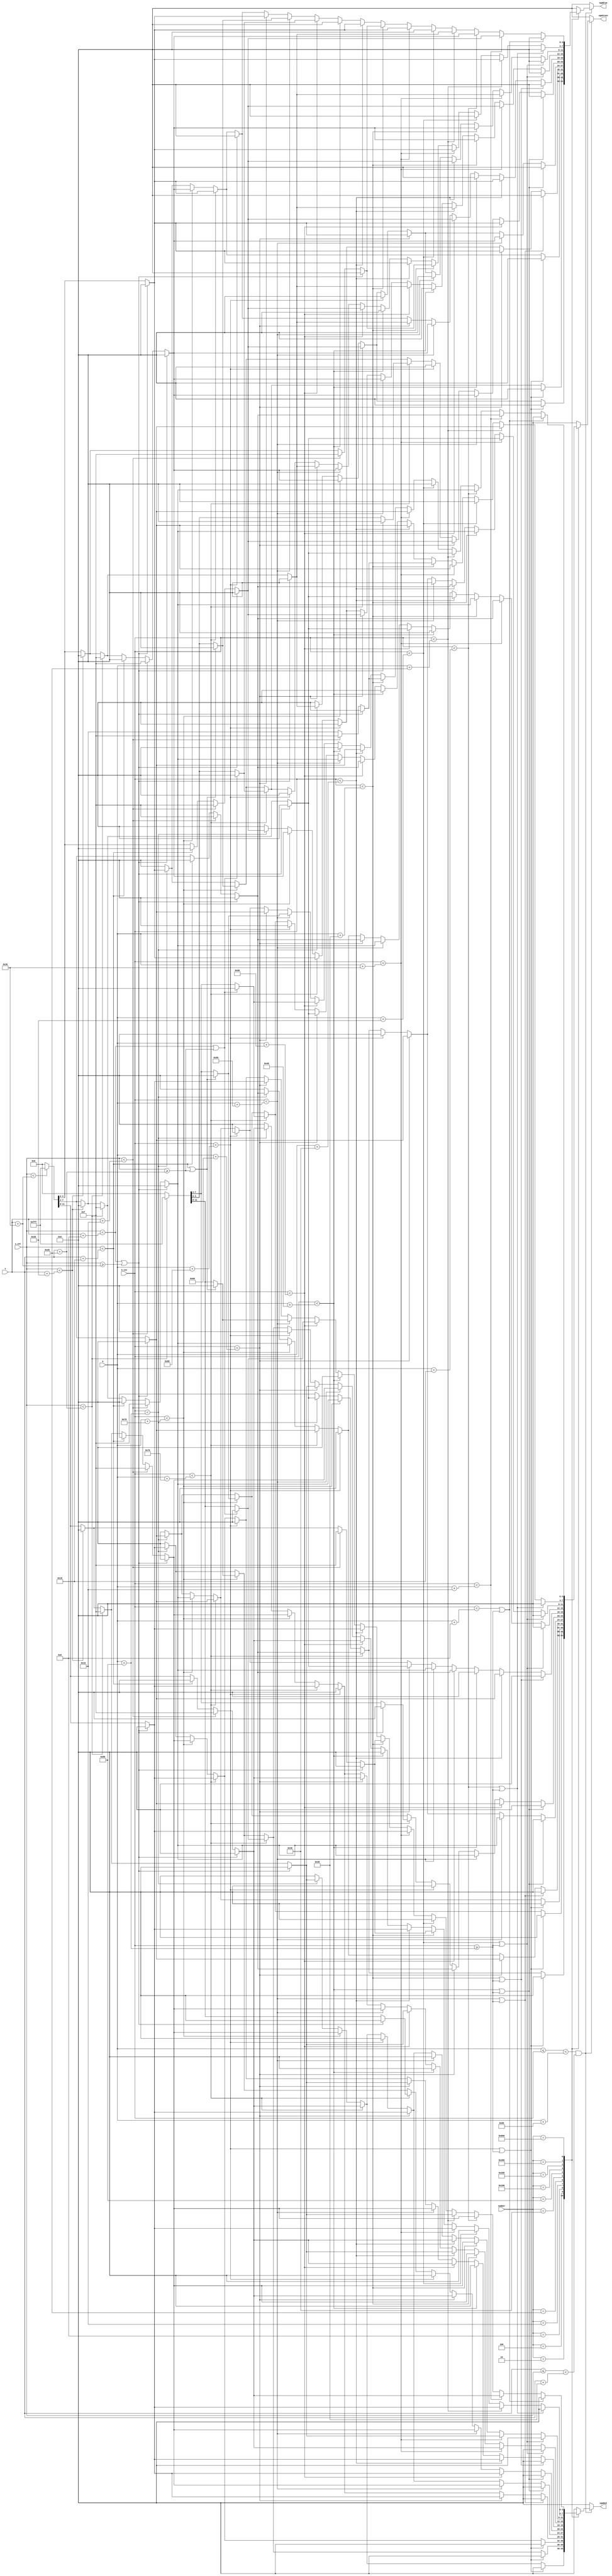
module block_pixel(
   input wire [9:0] h_cnt,
   input wire [9:0] v_cnt,
   input wire [9:0] X,
   input wire [9:0] Y,
   input wire [11:0] number,
   output reg [3:0] vgaRed,
   output reg [3:0] vgaGreen,
   output reg [3:0] vgaBlue
   );
   
   always@(*) begin
     if(X<=h_cnt<X+136 && Y<=v_cnt<Y+56) begin
         case (number)
           12'b000000000000 : {vgaRed, vgaGreen, vgaBlue} = 12'h000;  //0
           12'b000000000010 : begin  //2
                                if(h_cnt < X+104 || h_cnt >= X+128) {vgaRed, vgaGreen, vgaBlue} = 12'h000;
                                else if(h_cnt < X+112) begin
                                  if(v_cnt < Y+8 || v_cnt >= Y+48) {vgaRed, vgaGreen, vgaBlue} = 12'h000;
                                  else if(v_cnt < Y+16) {vgaRed, vgaGreen, vgaBlue} = 12'hfff;
                                  else if(v_cnt < Y+24) {vgaRed, vgaGreen, vgaBlue} = 12'h000;
                                  else if(v_cnt < Y+48) {vgaRed, vgaGreen, vgaBlue} = 12'hfff;
                                  else {vgaRed, vgaGreen, vgaBlue} = 12'h000;
                                end else if(h_cnt < X+120) begin
                                  if(v_cnt < Y+8 || v_cnt >= Y+48) {vgaRed, vgaGreen, vgaBlue} = 12'h000;
                                  else if(v_cnt < Y+16) {vgaRed, vgaGreen, vgaBlue} = 12'hfff;
                                  else if(v_cnt < Y+24) {vgaRed, vgaGreen, vgaBlue} = 12'h000;
                                  else if(v_cnt < Y+32) {vgaRed, vgaGreen, vgaBlue} = 12'hfff;
                                  else if(v_cnt < Y+40) {vgaRed, vgaGreen, vgaBlue} = 12'h000;
                                  else if(v_cnt < Y+48) {vgaRed, vgaGreen, vgaBlue} = 12'hfff;
                                  else {vgaRed, vgaGreen, vgaBlue} = 12'h000;
                                end else if(h_cnt < X+128) begin
                                  if(v_cnt < Y+8 || v_cnt >= Y+48) {vgaRed, vgaGreen, vgaBlue} = 12'h000;
                                  else if(v_cnt < Y+32) {vgaRed, vgaGreen, vgaBlue} = 12'hfff;
                                  else if(v_cnt < Y+40) {vgaRed, vgaGreen, vgaBlue} = 12'h000;
                                  else if(v_cnt < Y+48) {vgaRed, vgaGreen, vgaBlue} = 12'hfff;
                                  else {vgaRed, vgaGreen, vgaBlue} = 12'h000;
                                end else {vgaRed, vgaGreen, vgaBlue} = 12'h000;
                              end
           12'b000000000100 : begin  //4
                                if(h_cnt < X+104 || h_cnt >= X+128) {vgaRed, vgaGreen, vgaBlue} = 12'h000;
                                else if(h_cnt < X+112) begin
                                  if(v_cnt < Y+8 || v_cnt >= Y+32) {vgaRed, vgaGreen, vgaBlue} = 12'h000;
                                  else if(v_cnt < Y+32) {vgaRed, vgaGreen, vgaBlue} = 12'hfff;
                                  else {vgaRed, vgaGreen, vgaBlue} = 12'h000;
                                end else if(h_cnt < X+120) begin
                                  if(v_cnt < Y+24 || v_cnt >= Y+32) {vgaRed, vgaGreen, vgaBlue} = 12'h000;
                                  else if(v_cnt < Y+32) {vgaRed, vgaGreen, vgaBlue} = 12'hfff;
                                  else {vgaRed, vgaGreen, vgaBlue} = 12'h000;
                                end else if(h_cnt < X+128) begin
                                  if(v_cnt < Y+8 || v_cnt >= Y+48) {vgaRed, vgaGreen, vgaBlue} = 12'h000;
                                  else if(v_cnt < Y+48) {vgaRed, vgaGreen, vgaBlue} = 12'hfff;
                                  else {vgaRed, vgaGreen, vgaBlue} = 12'h000;
                                end else {vgaRed, vgaGreen, vgaBlue} = 12'h000;
                              end
           12'b000000001000 : begin  //8
                                if(h_cnt < X+104 || h_cnt >= X+128) {vgaRed, vgaGreen, vgaBlue} = 12'h000;
                                else if(h_cnt < X+112) begin
                                  if(v_cnt < Y+8 || v_cnt >= Y+48) {vgaRed, vgaGreen, vgaBlue} = 12'h000;
                                  else if(v_cnt < Y+48) {vgaRed, vgaGreen, vgaBlue} = 12'hfff;
                                  else {vgaRed, vgaGreen, vgaBlue} = 12'h000; 
                                end else if(h_cnt < X+120) begin              
                                  if(v_cnt < Y+8 || v_cnt >= Y+48) {vgaRed, vgaGreen, vgaBlue} = 12'h000;
                                  else if(v_cnt < Y+16) {vgaRed, vgaGreen, vgaBlue} = 12'hfff;
                                  else if(v_cnt < Y+24) {vgaRed, vgaGreen, vgaBlue} = 12'h000;
                                  else if(v_cnt < Y+32) {vgaRed, vgaGreen, vgaBlue} = 12'hfff;
                                  else if(v_cnt < Y+40) {vgaRed, vgaGreen, vgaBlue} = 12'h000;
                                  else if(v_cnt < Y+48) {vgaRed, vgaGreen, vgaBlue} = 12'hfff;
                                  else {vgaRed, vgaGreen, vgaBlue} = 12'h000;
                                end else if(h_cnt < X+128) begin
                                  if(v_cnt < Y+8 || v_cnt >= Y+48) {vgaRed, vgaGreen, vgaBlue} = 12'h000;
                                  else if(v_cnt < Y+48) {vgaRed, vgaGreen, vgaBlue} = 12'hfff;
                                  else {vgaRed, vgaGreen, vgaBlue} = 12'h000;   
                                end else {vgaRed, vgaGreen, vgaBlue} = 12'h000;                
                              end
           12'b000000010000 : begin  //16
                                if(h_cnt < X+88 || h_cnt >= X+128) {vgaRed, vgaGreen, vgaBlue} = 12'h000;
                                else if(h_cnt < X+96) begin
                                  if(v_cnt < Y+8 || v_cnt >= Y+48) {vgaRed, vgaGreen, vgaBlue} = 12'h000;
                                  else if(v_cnt < Y+48) {vgaRed, vgaGreen, vgaBlue} = 12'hfff;
                                  else {vgaRed, vgaGreen, vgaBlue} = 12'h000;
                                end else if(h_cnt < X+104) begin
                                  {vgaRed, vgaGreen, vgaBlue} = 12'h000;
                                end else if(h_cnt < X+112) begin  
                                  if(v_cnt < Y+8 || v_cnt >= Y+48) {vgaRed, vgaGreen, vgaBlue} = 12'h000;
                                  else if(v_cnt < Y+48) {vgaRed, vgaGreen, vgaBlue} = 12'hfff;
                                  else {vgaRed, vgaGreen, vgaBlue} = 12'h000;
                                end else if(h_cnt < X+120) begin
                                  if(v_cnt < Y+8 || v_cnt >= Y+48) {vgaRed, vgaGreen, vgaBlue} = 12'h000;
                                  else if(v_cnt < Y+16) {vgaRed, vgaGreen, vgaBlue} = 12'hfff;
                                  else if(v_cnt < Y+24) {vgaRed, vgaGreen, vgaBlue} = 12'h000;
                                  else if(v_cnt < Y+32) {vgaRed, vgaGreen, vgaBlue} = 12'hfff;
                                  else if(v_cnt < Y+40) {vgaRed, vgaGreen, vgaBlue} = 12'h000;
                                  else if(v_cnt < Y+48) {vgaRed, vgaGreen, vgaBlue} = 12'hfff;
                                  else {vgaRed, vgaGreen, vgaBlue} = 12'h000;
                                end else if(h_cnt < X+128) begin
                                  if(v_cnt < Y+8 || v_cnt >= Y+48) {vgaRed, vgaGreen, vgaBlue} = 12'h000;
                                  else if(v_cnt < Y+16) {vgaRed, vgaGreen, vgaBlue} = 12'hfff;
                                  else if(v_cnt < Y+24) {vgaRed, vgaGreen, vgaBlue} = 12'h000;
                                  else if(v_cnt < Y+48) {vgaRed, vgaGreen, vgaBlue} = 12'hfff;
                                  else {vgaRed, vgaGreen, vgaBlue} = 12'h000;
                                end else {vgaRed, vgaGreen, vgaBlue} = 12'h000; 
                              end
           12'b000000100000 : begin  //32
                                if(h_cnt < X+72 || h_cnt >= X+128) {vgaRed, vgaGreen, vgaBlue} = 12'h000;
                                else if(h_cnt < X+88) begin
                                  if(v_cnt < Y+8 || v_cnt >= Y+48) {vgaRed, vgaGreen, vgaBlue} = 12'h000;
                                  else if(v_cnt < Y+16) {vgaRed, vgaGreen, vgaBlue} = 12'hfff;
                                  else if(v_cnt < Y+24) {vgaRed, vgaGreen, vgaBlue} = 12'h000;
                                  else if(v_cnt < Y+32) {vgaRed, vgaGreen, vgaBlue} = 12'hfff;
                                  else if(v_cnt < Y+40) {vgaRed, vgaGreen, vgaBlue} = 12'h000;
                                  else if(v_cnt < Y+48) {vgaRed, vgaGreen, vgaBlue} = 12'hfff;
                                  else {vgaRed, vgaGreen, vgaBlue} = 12'h000;
                                end else if(h_cnt < X+96) begin
                                  if(v_cnt < Y+8 || v_cnt >= Y+48) {vgaRed, vgaGreen, vgaBlue} = 12'h000;
                                  else if(v_cnt < Y+48) {vgaRed, vgaGreen, vgaBlue} = 12'hfff;
                                  else {vgaRed, vgaGreen, vgaBlue} = 12'h000;
                                end else if(h_cnt < X+104) begin
                                  {vgaRed, vgaGreen, vgaBlue} = 12'h000;
                                end else if(h_cnt < X+112) begin
                                  if(v_cnt < Y+8 || v_cnt >= Y+48) {vgaRed, vgaGreen, vgaBlue} = 12'h000;
                                  else if(v_cnt < Y+16) {vgaRed, vgaGreen, vgaBlue} = 12'hfff;
                                  else if(v_cnt < Y+24) {vgaRed, vgaGreen, vgaBlue} = 12'h000;
                                  else if(v_cnt < Y+48) {vgaRed, vgaGreen, vgaBlue} = 12'hfff;
                                  else {vgaRed, vgaGreen, vgaBlue} = 12'h000;
                                end else if(h_cnt < X+120) begin
                                  if(v_cnt < Y+8 || v_cnt >= Y+48) {vgaRed, vgaGreen, vgaBlue} = 12'h000;
                                  else if(v_cnt < Y+16) {vgaRed, vgaGreen, vgaBlue} = 12'hfff;
                                  else if(v_cnt < Y+24) {vgaRed, vgaGreen, vgaBlue} = 12'h000;
                                  else if(v_cnt < Y+32) {vgaRed, vgaGreen, vgaBlue} = 12'hfff;
                                  else if(v_cnt < Y+40) {vgaRed, vgaGreen, vgaBlue} = 12'h000;
                                  else if(v_cnt < Y+48) {vgaRed, vgaGreen, vgaBlue} = 12'hfff;
                                  else {vgaRed, vgaGreen, vgaBlue} = 12'h000;
                                end else if(h_cnt < X+128) begin
                                  if(v_cnt < Y+8 || v_cnt >= Y+48) {vgaRed, vgaGreen, vgaBlue} = 12'h000;
                                  else if(v_cnt < Y+32) {vgaRed, vgaGreen, vgaBlue} = 12'hfff;
                                  else if(v_cnt < Y+40) {vgaRed, vgaGreen, vgaBlue} = 12'h000;
                                  else if(v_cnt < Y+48) {vgaRed, vgaGreen, vgaBlue} = 12'hfff;
                                  else {vgaRed, vgaGreen, vgaBlue} = 12'h000;
                                end else {vgaRed, vgaGreen, vgaBlue} = 12'h000; 
                              end
           12'b000001000000 : begin  //64
                                if(h_cnt < X+72 || h_cnt >= X+128) {vgaRed, vgaGreen, vgaBlue} = 12'h000;
                                else if(h_cnt < X+80) begin
                                  if(v_cnt < Y+8 || v_cnt >= Y+48) {vgaRed, vgaGreen, vgaBlue} = 12'h000;
                                  else if(v_cnt < Y+48) {vgaRed, vgaGreen, vgaBlue} = 12'hfff;
                                  else {vgaRed, vgaGreen, vgaBlue} = 12'h000;
                                end else if(h_cnt < X+88) begin
                                  if(v_cnt < Y+8 || v_cnt >= Y+48) {vgaRed, vgaGreen, vgaBlue} = 12'h000;
                                  else if(v_cnt < Y+16) {vgaRed, vgaGreen, vgaBlue} = 12'hfff;
                                  else if(v_cnt < Y+24) {vgaRed, vgaGreen, vgaBlue} = 12'h000;
                                  else if(v_cnt < Y+32) {vgaRed, vgaGreen, vgaBlue} = 12'hfff;
                                  else if(v_cnt < Y+40) {vgaRed, vgaGreen, vgaBlue} = 12'h000;
                                  else if(v_cnt < Y+48) {vgaRed, vgaGreen, vgaBlue} = 12'hfff;
                                  else {vgaRed, vgaGreen, vgaBlue} = 12'h000;
                                end else if(h_cnt < X+96) begin
                                  if(v_cnt < Y+8 || v_cnt >= Y+48) {vgaRed, vgaGreen, vgaBlue} = 12'h000;
                                  else if(v_cnt < Y+16) {vgaRed, vgaGreen, vgaBlue} = 12'hfff;
                                  else if(v_cnt < Y+24) {vgaRed, vgaGreen, vgaBlue} = 12'h000;
                                  else if(v_cnt < Y+48) {vgaRed, vgaGreen, vgaBlue} = 12'hfff;
                                  else {vgaRed, vgaGreen, vgaBlue} = 12'h000;
                                end else if(h_cnt < X+104) begin
                                  {vgaRed, vgaGreen, vgaBlue} = 12'h000;
                                end else if(h_cnt < X+112) begin
                                  if(v_cnt < Y+8 || v_cnt >= Y+48) {vgaRed, vgaGreen, vgaBlue} = 12'h000;
                                  else if(v_cnt < Y+32) {vgaRed, vgaGreen, vgaBlue} = 12'hfff;
                                  else {vgaRed, vgaGreen, vgaBlue} = 12'h000;
                                end else if(h_cnt < X+120) begin
                                  if(v_cnt < Y+24 || v_cnt >= Y+32) {vgaRed, vgaGreen, vgaBlue} = 12'h000;
                                  else if(v_cnt < Y+32) {vgaRed, vgaGreen, vgaBlue} = 12'hfff;
                                  else {vgaRed, vgaGreen, vgaBlue} = 12'h000;
                                end else if(h_cnt < X+128) begin
                                  if(v_cnt < Y+8 || v_cnt >= Y+48) {vgaRed, vgaGreen, vgaBlue} = 12'h000;
                                  else if(v_cnt < Y+48) {vgaRed, vgaGreen, vgaBlue} = 12'hfff;
                                  else {vgaRed, vgaGreen, vgaBlue} = 12'h000;
                                end else {vgaRed, vgaGreen, vgaBlue} = 12'h000; 
                              end
           12'b000010000000 : begin  //128
                                if(h_cnt < X+56 || h_cnt >= X+128) {vgaRed, vgaGreen, vgaBlue} = 12'h000;
                                else if(h_cnt < X+64) begin
                                  if(v_cnt < Y+8 || v_cnt >= Y+48) {vgaRed, vgaGreen, vgaBlue} = 12'h000;
                                  else if(v_cnt < Y+48) {vgaRed, vgaGreen, vgaBlue} = 12'hfff;
                                  else {vgaRed, vgaGreen, vgaBlue} = 12'h000;
                                end else if(h_cnt < X+72) begin
                                  {vgaRed, vgaGreen, vgaBlue} = 12'h000;
                                end else if(h_cnt < X+80) begin
                                  if(v_cnt < Y+8 || v_cnt >= Y+48) {vgaRed, vgaGreen, vgaBlue} = 12'h000;
                                  else if(v_cnt < Y+16) {vgaRed, vgaGreen, vgaBlue} = 12'hfff;
                                  else if(v_cnt < Y+24) {vgaRed, vgaGreen, vgaBlue} = 12'h000;
                                  else if(v_cnt < Y+48) {vgaRed, vgaGreen, vgaBlue} = 12'hfff;
                                  else {vgaRed, vgaGreen, vgaBlue} = 12'h000;
                                end else if(h_cnt < X+88) begin
                                  if(v_cnt < Y+8 || v_cnt >= Y+48) {vgaRed, vgaGreen, vgaBlue} = 12'h000;
                                  else if(v_cnt < Y+16) {vgaRed, vgaGreen, vgaBlue} = 12'hfff;
                                  else if(v_cnt < Y+24) {vgaRed, vgaGreen, vgaBlue} = 12'h000;
                                  else if(v_cnt < Y+32) {vgaRed, vgaGreen, vgaBlue} = 12'hfff;
                                  else if(v_cnt < Y+40) {vgaRed, vgaGreen, vgaBlue} = 12'h000;
                                  else if(v_cnt < Y+48) {vgaRed, vgaGreen, vgaBlue} = 12'hfff;
                                  else {vgaRed, vgaGreen, vgaBlue} = 12'h000;
                                end else if(h_cnt < X+96) begin
                                  if(v_cnt < Y+8 || v_cnt >= Y+48) {vgaRed, vgaGreen, vgaBlue} = 12'h000;
                                  else if(v_cnt < Y+32) {vgaRed, vgaGreen, vgaBlue} = 12'hfff;
                                  else if(v_cnt < Y+40) {vgaRed, vgaGreen, vgaBlue} = 12'h000;
                                  else if(v_cnt < Y+48) {vgaRed, vgaGreen, vgaBlue} = 12'hfff;
                                  else {vgaRed, vgaGreen, vgaBlue} = 12'h000;
                                end else if(h_cnt < X+104) begin
                                  {vgaRed, vgaGreen, vgaBlue} = 12'h000;
                                end else if(h_cnt < X+112) begin
                                  if(v_cnt < Y+8 || v_cnt >= Y+48) {vgaRed, vgaGreen, vgaBlue} = 12'h000;
                                  else if(v_cnt < Y+48) {vgaRed, vgaGreen, vgaBlue} = 12'hfff;
                                  else {vgaRed, vgaGreen, vgaBlue} = 12'h000;
                                end else if(h_cnt < X+120) begin
                                  if(v_cnt < Y+8 || v_cnt >= Y+48) {vgaRed, vgaGreen, vgaBlue} = 12'h000;
                                  else if(v_cnt < Y+16) {vgaRed, vgaGreen, vgaBlue} = 12'hfff;
                                  else if(v_cnt < Y+24) {vgaRed, vgaGreen, vgaBlue} = 12'h000;
                                  else if(v_cnt < Y+32) {vgaRed, vgaGreen, vgaBlue} = 12'hfff;
                                  else if(v_cnt < Y+40) {vgaRed, vgaGreen, vgaBlue} = 12'h000;
                                  else if(v_cnt < Y+48) {vgaRed, vgaGreen, vgaBlue} = 12'hfff;
                                  else {vgaRed, vgaGreen, vgaBlue} = 12'h000;
                                end else if(h_cnt < X+128) begin
                                  if(v_cnt < Y+8 || v_cnt >= Y+48) {vgaRed, vgaGreen, vgaBlue} = 12'h000;
                                  else if(v_cnt < Y+48) {vgaRed, vgaGreen, vgaBlue} = 12'hfff;
                                  else {vgaRed, vgaGreen, vgaBlue} = 12'h000;
                                end else {vgaRed, vgaGreen, vgaBlue} = 12'h000;
                              end
           12'b000100000000 : begin  //256
                                if(h_cnt < X+40 || h_cnt >= X+128) {vgaRed, vgaGreen, vgaBlue} = 12'h000;
                                else if(h_cnt < X+48) begin
                                  if(v_cnt < Y+8 || v_cnt >= Y+48) {vgaRed, vgaGreen, vgaBlue} = 12'h000;
                                  else if(v_cnt < Y+16) {vgaRed, vgaGreen, vgaBlue} = 12'hfff;
                                  else if(v_cnt < Y+24) {vgaRed, vgaGreen, vgaBlue} = 12'h000;
                                  else if(v_cnt < Y+48) {vgaRed, vgaGreen, vgaBlue} = 12'hfff;
                                  else {vgaRed, vgaGreen, vgaBlue} = 12'h000;
                                end else if(h_cnt < X+56) begin
                                  if(v_cnt < Y+8 || v_cnt >= Y+48) {vgaRed, vgaGreen, vgaBlue} = 12'h000;
                                  else if(v_cnt < Y+16) {vgaRed, vgaGreen, vgaBlue} = 12'hfff;
                                  else if(v_cnt < Y+24) {vgaRed, vgaGreen, vgaBlue} = 12'h000;
                                  else if(v_cnt < Y+32) {vgaRed, vgaGreen, vgaBlue} = 12'hfff;
                                  else if(v_cnt < Y+40) {vgaRed, vgaGreen, vgaBlue} = 12'h000;
                                  else if(v_cnt < Y+48) {vgaRed, vgaGreen, vgaBlue} = 12'hfff;
                                  else {vgaRed, vgaGreen, vgaBlue} = 12'h000;
                                end else if(h_cnt < X+64) begin
                                  if(v_cnt < Y+8 || v_cnt >= Y+48) {vgaRed, vgaGreen, vgaBlue} = 12'h000;
                                  else if(v_cnt < Y+32) {vgaRed, vgaGreen, vgaBlue} = 12'hfff;
                                  else if(v_cnt < Y+40) {vgaRed, vgaGreen, vgaBlue} = 12'h000;
                                  else if(v_cnt < Y+48) {vgaRed, vgaGreen, vgaBlue} = 12'hfff;
                                  else {vgaRed, vgaGreen, vgaBlue} = 12'h000;
                                end else if(h_cnt < X+72) begin
                                  {vgaRed, vgaGreen, vgaBlue} = 12'h000;
                                end else if(h_cnt < X+80) begin
                                  if(v_cnt < Y+8 || v_cnt >= Y+48) {vgaRed, vgaGreen, vgaBlue} = 12'h000;
                                  else if(v_cnt < Y+32) {vgaRed, vgaGreen, vgaBlue} = 12'hfff;
                                  else if(v_cnt < Y+40) {vgaRed, vgaGreen, vgaBlue} = 12'h000;
                                  else if(v_cnt < Y+48) {vgaRed, vgaGreen, vgaBlue} = 12'hfff;
                                  else {vgaRed, vgaGreen, vgaBlue} = 12'h000;
                                end else if(h_cnt < X+88) begin
                                  if(v_cnt < Y+8 || v_cnt >= Y+48) {vgaRed, vgaGreen, vgaBlue} = 12'h000;
                                  else if(v_cnt < Y+16) {vgaRed, vgaGreen, vgaBlue} = 12'hfff;
                                  else if(v_cnt < Y+24) {vgaRed, vgaGreen, vgaBlue} = 12'h000;
                                  else if(v_cnt < Y+32) {vgaRed, vgaGreen, vgaBlue} = 12'hfff;
                                  else if(v_cnt < Y+40) {vgaRed, vgaGreen, vgaBlue} = 12'h000;
                                  else if(v_cnt < Y+48) {vgaRed, vgaGreen, vgaBlue} = 12'hfff;
                                  else {vgaRed, vgaGreen, vgaBlue} = 12'h000;
                                end else if(h_cnt < X+96) begin
                                  if(v_cnt < Y+8 || v_cnt >= Y+48) {vgaRed, vgaGreen, vgaBlue} = 12'h000;
                                  else if(v_cnt < Y+16) {vgaRed, vgaGreen, vgaBlue} = 12'hfff;
                                  else if(v_cnt < Y+24) {vgaRed, vgaGreen, vgaBlue} = 12'h000;
                                  else if(v_cnt < Y+48) {vgaRed, vgaGreen, vgaBlue} = 12'hfff;
                                  else {vgaRed, vgaGreen, vgaBlue} = 12'h000;
                                end else if(h_cnt < X+104) begin
                                  {vgaRed, vgaGreen, vgaBlue} = 12'h000;
                                end else if(h_cnt < X+112) begin  
                                  if(v_cnt < Y+8 || v_cnt >= Y+48) {vgaRed, vgaGreen, vgaBlue} = 12'h000;
                                  else if(v_cnt < Y+48) {vgaRed, vgaGreen, vgaBlue} = 12'hfff;
                                  else {vgaRed, vgaGreen, vgaBlue} = 12'h000;
                                end else if(h_cnt < X+120) begin
                                  if(v_cnt < Y+8 || v_cnt >= Y+48) {vgaRed, vgaGreen, vgaBlue} = 12'h000;
                                  else if(v_cnt < Y+16) {vgaRed, vgaGreen, vgaBlue} = 12'hfff;
                                  else if(v_cnt < Y+24) {vgaRed, vgaGreen, vgaBlue} = 12'h000;
                                  else if(v_cnt < Y+32) {vgaRed, vgaGreen, vgaBlue} = 12'hfff;
                                  else if(v_cnt < Y+40) {vgaRed, vgaGreen, vgaBlue} = 12'h000;
                                  else if(v_cnt < Y+48) {vgaRed, vgaGreen, vgaBlue} = 12'hfff;
                                  else {vgaRed, vgaGreen, vgaBlue} = 12'h000;
                                end else if(h_cnt < X+128) begin
                                  if(v_cnt < Y+8 || v_cnt >= Y+48) {vgaRed, vgaGreen, vgaBlue} = 12'h000;
                                  else if(v_cnt < Y+16) {vgaRed, vgaGreen, vgaBlue} = 12'hfff;
                                  else if(v_cnt < Y+24) {vgaRed, vgaGreen, vgaBlue} = 12'h000;
                                  else if(v_cnt < Y+48) {vgaRed, vgaGreen, vgaBlue} = 12'hfff;
                                  else {vgaRed, vgaGreen, vgaBlue} = 12'h000;
                                end else {vgaRed, vgaGreen, vgaBlue} = 12'h000; 
                              end
           12'b001000000000 : begin  //512
                                if(h_cnt < X+40 || h_cnt >= X+128) {vgaRed, vgaGreen, vgaBlue} = 12'h000;
                                else if(h_cnt < X+48) begin
                                  if(v_cnt < Y+8 || v_cnt >= Y+48) {vgaRed, vgaGreen, vgaBlue} = 12'h000;
                                  else if(v_cnt < Y+32) {vgaRed, vgaGreen, vgaBlue} = 12'hfff;
                                  else if(v_cnt < Y+40) {vgaRed, vgaGreen, vgaBlue} = 12'h000;
                                  else if(v_cnt < Y+48) {vgaRed, vgaGreen, vgaBlue} = 12'hfff;
                                  else {vgaRed, vgaGreen, vgaBlue} = 12'h000;
                                end else if(h_cnt < X+56) begin
                                  if(v_cnt < Y+8 || v_cnt >= Y+48) {vgaRed, vgaGreen, vgaBlue} = 12'h000;
                                  else if(v_cnt < Y+16) {vgaRed, vgaGreen, vgaBlue} = 12'hfff;
                                  else if(v_cnt < Y+24) {vgaRed, vgaGreen, vgaBlue} = 12'h000;
                                  else if(v_cnt < Y+32) {vgaRed, vgaGreen, vgaBlue} = 12'hfff;
                                  else if(v_cnt < Y+40) {vgaRed, vgaGreen, vgaBlue} = 12'h000;
                                  else if(v_cnt < Y+48) {vgaRed, vgaGreen, vgaBlue} = 12'hfff;
                                  else {vgaRed, vgaGreen, vgaBlue} = 12'h000;
                                end else if(h_cnt < X+64) begin
                                  if(v_cnt < Y+8 || v_cnt >= Y+48) {vgaRed, vgaGreen, vgaBlue} = 12'h000;
                                  else if(v_cnt < Y+16) {vgaRed, vgaGreen, vgaBlue} = 12'hfff;
                                  else if(v_cnt < Y+24) {vgaRed, vgaGreen, vgaBlue} = 12'h000;
                                  else if(v_cnt < Y+48) {vgaRed, vgaGreen, vgaBlue} = 12'hfff;
                                  else {vgaRed, vgaGreen, vgaBlue} = 12'h000;
                                end else if(h_cnt < X+88) begin
                                  {vgaRed, vgaGreen, vgaBlue} = 12'h000;
                                end else if(h_cnt < X+96) begin
                                  if(v_cnt < Y+8 || v_cnt >= Y+48) {vgaRed, vgaGreen, vgaBlue} = 12'h000;
                                  else if(v_cnt < Y+48) {vgaRed, vgaGreen, vgaBlue} = 12'hfff;
                                  else {vgaRed, vgaGreen, vgaBlue} = 12'h000;
                                end else if(h_cnt < X+104) begin
                                  {vgaRed, vgaGreen, vgaBlue} = 12'h000;
                                end else if(h_cnt < X+112) begin
                                  if(v_cnt < Y+8 || v_cnt >= Y+48) {vgaRed, vgaGreen, vgaBlue} = 12'h000;
                                  else if(v_cnt < Y+16) {vgaRed, vgaGreen, vgaBlue} = 12'hfff;
                                  else if(v_cnt < Y+24) {vgaRed, vgaGreen, vgaBlue} = 12'h000;
                                  else if(v_cnt < Y+48) {vgaRed, vgaGreen, vgaBlue} = 12'hfff;
                                  else {vgaRed, vgaGreen, vgaBlue} = 12'h000;
                                end else if(h_cnt < X+120) begin
                                  if(v_cnt < Y+8 || v_cnt >= Y+48) {vgaRed, vgaGreen, vgaBlue} = 12'h000;
                                  else if(v_cnt < Y+16) {vgaRed, vgaGreen, vgaBlue} = 12'hfff;
                                  else if(v_cnt < Y+24) {vgaRed, vgaGreen, vgaBlue} = 12'h000;
                                  else if(v_cnt < Y+32) {vgaRed, vgaGreen, vgaBlue} = 12'hfff;
                                  else if(v_cnt < Y+40) {vgaRed, vgaGreen, vgaBlue} = 12'h000;
                                  else if(v_cnt < Y+48) {vgaRed, vgaGreen, vgaBlue} = 12'hfff;
                                  else {vgaRed, vgaGreen, vgaBlue} = 12'h000;
                                end else if(h_cnt < X+128) begin
                                  if(v_cnt < Y+8 || v_cnt >= Y+48) {vgaRed, vgaGreen, vgaBlue} = 12'h000;
                                  else if(v_cnt < Y+32) {vgaRed, vgaGreen, vgaBlue} = 12'hfff;
                                  else if(v_cnt < Y+40) {vgaRed, vgaGreen, vgaBlue} = 12'h000;
                                  else if(v_cnt < Y+48) {vgaRed, vgaGreen, vgaBlue} = 12'hfff;
                                  else {vgaRed, vgaGreen, vgaBlue} = 12'h000;
                                end else {vgaRed, vgaGreen, vgaBlue} = 12'h000;
                              end
           12'b010000000000 : begin  //1024
                                if(h_cnt < X+24 || h_cnt >= X+128) {vgaRed, vgaGreen, vgaBlue} = 12'h000;
                                else if(h_cnt < X+32) begin
                                  if(v_cnt < Y+8 || v_cnt >= Y+48) {vgaRed, vgaGreen, vgaBlue} = 12'h000;
                                  else if(v_cnt < Y+48) {vgaRed, vgaGreen, vgaBlue} = 12'hfff;
                                  else {vgaRed, vgaGreen, vgaBlue} = 12'h000;
                                end else if(h_cnt < X+40) begin
                                  {vgaRed, vgaGreen, vgaBlue} = 12'h000;
                                end else if(h_cnt < X+48) begin
                                  if(v_cnt < Y+8 || v_cnt >= Y+48) {vgaRed, vgaGreen, vgaBlue} = 12'h000;
                                  else if(v_cnt < Y+48) {vgaRed, vgaGreen, vgaBlue} = 12'hfff;
                                  else {vgaRed, vgaGreen, vgaBlue} = 12'h000;
                                end else if(h_cnt < X+56) begin
                                  if(v_cnt < Y+8 || v_cnt >= Y+48) {vgaRed, vgaGreen, vgaBlue} = 12'h000;
                                  else if(v_cnt < Y+16) {vgaRed, vgaGreen, vgaBlue} = 12'hfff;
                                  else if(v_cnt < Y+40) {vgaRed, vgaGreen, vgaBlue} = 12'h000;
                                  else if(v_cnt < Y+48) {vgaRed, vgaGreen, vgaBlue} = 12'hfff;
                                  else {vgaRed, vgaGreen, vgaBlue} = 12'h000;
                                end else if(h_cnt < X+64) begin
                                  if(v_cnt < Y+8 || v_cnt >= Y+48) {vgaRed, vgaGreen, vgaBlue} = 12'h000;
                                  else if(v_cnt < Y+48) {vgaRed, vgaGreen, vgaBlue} = 12'hfff;
                                  else {vgaRed, vgaGreen, vgaBlue} = 12'h000;
                                end else if(h_cnt < X+72) begin
                                  {vgaRed, vgaGreen, vgaBlue} = 12'h000;
                                end else if(h_cnt < X+80) begin
                                  if(v_cnt < Y+8 || v_cnt >= Y+48) {vgaRed, vgaGreen, vgaBlue} = 12'h000;
                                  else if(v_cnt < Y+16) {vgaRed, vgaGreen, vgaBlue} = 12'hfff;
                                  else if(v_cnt < Y+24) {vgaRed, vgaGreen, vgaBlue} = 12'h000;
                                  else if(v_cnt < Y+48) {vgaRed, vgaGreen, vgaBlue} = 12'hfff;
                                  else {vgaRed, vgaGreen, vgaBlue} = 12'h000;
                                end else if(h_cnt < X+88) begin
                                  if(v_cnt < Y+8 || v_cnt >= Y+48) {vgaRed, vgaGreen, vgaBlue} = 12'h000;
                                  else if(v_cnt < Y+16) {vgaRed, vgaGreen, vgaBlue} = 12'hfff;
                                  else if(v_cnt < Y+24) {vgaRed, vgaGreen, vgaBlue} = 12'h000;
                                  else if(v_cnt < Y+32) {vgaRed, vgaGreen, vgaBlue} = 12'hfff;
                                  else if(v_cnt < Y+40) {vgaRed, vgaGreen, vgaBlue} = 12'h000;
                                  else if(v_cnt < Y+48) {vgaRed, vgaGreen, vgaBlue} = 12'hfff;
                                  else {vgaRed, vgaGreen, vgaBlue} = 12'h000;
                                end else if(h_cnt < X+96) begin
                                  if(v_cnt < Y+8 || v_cnt >= Y+48) {vgaRed, vgaGreen, vgaBlue} = 12'h000;
                                  else if(v_cnt < Y+32) {vgaRed, vgaGreen, vgaBlue} = 12'hfff;
                                  else if(v_cnt < Y+40) {vgaRed, vgaGreen, vgaBlue} = 12'h000;
                                  else if(v_cnt < Y+48) {vgaRed, vgaGreen, vgaBlue} = 12'hfff;
                                  else {vgaRed, vgaGreen, vgaBlue} = 12'h000;
                                end else if(h_cnt < X+104) begin
                                  {vgaRed, vgaGreen, vgaBlue} = 12'h000;
                                end else if(h_cnt < X+112) begin
                                  if(v_cnt < Y+8 || v_cnt >= Y+32) {vgaRed, vgaGreen, vgaBlue} = 12'h000;
                                  else if(v_cnt < Y+32) {vgaRed, vgaGreen, vgaBlue} = 12'hfff;
                                  else {vgaRed, vgaGreen, vgaBlue} = 12'h000;
                                end else if(h_cnt < X+120) begin
                                  if(v_cnt < Y+24 || v_cnt >= Y+32) {vgaRed, vgaGreen, vgaBlue} = 12'h000;
                                  else if(v_cnt < Y+32) {vgaRed, vgaGreen, vgaBlue} = 12'hfff;
                                  else {vgaRed, vgaGreen, vgaBlue} = 12'h000;
                                end else if(h_cnt < X+128) begin
                                  if(v_cnt < Y+8 || v_cnt >= Y+48) {vgaRed, vgaGreen, vgaBlue} = 12'h000;
                                  else if(v_cnt < Y+48) {vgaRed, vgaGreen, vgaBlue} = 12'hfff;
                                  else {vgaRed, vgaGreen, vgaBlue} = 12'h000;
                                end else {vgaRed, vgaGreen, vgaBlue} = 12'h000;
                              end
           12'b100000000000 : begin  //2048
                                if(h_cnt < X+8 || h_cnt >= X+128) {vgaRed, vgaGreen, vgaBlue} = 12'h000;
                                else if(h_cnt < X+16) begin
                                  if(v_cnt < Y+8 || v_cnt >= Y+48) {vgaRed, vgaGreen, vgaBlue} = 12'h000;
                                  else if(v_cnt < Y+16) {vgaRed, vgaGreen, vgaBlue} = 12'hfff;
                                  else if(v_cnt < Y+24) {vgaRed, vgaGreen, vgaBlue} = 12'h000;
                                  else if(v_cnt < Y+48) {vgaRed, vgaGreen, vgaBlue} = 12'hfff;
                                  else {vgaRed, vgaGreen, vgaBlue} = 12'h000;
                                end else if(h_cnt < X+24) begin
                                  if(v_cnt < Y+8 || v_cnt >= Y+48) {vgaRed, vgaGreen, vgaBlue} = 12'h000;
                                  else if(v_cnt < Y+16) {vgaRed, vgaGreen, vgaBlue} = 12'hfff;
                                  else if(v_cnt < Y+24) {vgaRed, vgaGreen, vgaBlue} = 12'h000;
                                  else if(v_cnt < Y+32) {vgaRed, vgaGreen, vgaBlue} = 12'hfff;
                                  else if(v_cnt < Y+40) {vgaRed, vgaGreen, vgaBlue} = 12'h000;
                                  else if(v_cnt < Y+48) {vgaRed, vgaGreen, vgaBlue} = 12'hfff;
                                  else {vgaRed, vgaGreen, vgaBlue} = 12'h000;
                                end else if(h_cnt < X+32) begin
                                  if(v_cnt < Y+8 || v_cnt >= Y+48) {vgaRed, vgaGreen, vgaBlue} = 12'h000;
                                  else if(v_cnt < Y+32) {vgaRed, vgaGreen, vgaBlue} = 12'hfff;
                                  else if(v_cnt < Y+40) {vgaRed, vgaGreen, vgaBlue} = 12'h000;
                                  else if(v_cnt < Y+48) {vgaRed, vgaGreen, vgaBlue} = 12'hfff;
                                  else {vgaRed, vgaGreen, vgaBlue} = 12'h000;
                                end else if(h_cnt < X+40) begin
                                  {vgaRed, vgaGreen, vgaBlue} = 12'h000;
                                end else if(h_cnt < X+48) begin
                                  if(v_cnt < Y+8 || v_cnt >= Y+48) {vgaRed, vgaGreen, vgaBlue} = 12'h000;
                                  else if(v_cnt < Y+48) {vgaRed, vgaGreen, vgaBlue} = 12'hfff;
                                  else {vgaRed, vgaGreen, vgaBlue} = 12'h000;
                                end else if(h_cnt < X+56) begin
                                  if(v_cnt < Y+8 || v_cnt >= Y+48) {vgaRed, vgaGreen, vgaBlue} = 12'h000;
                                  else if(v_cnt < Y+16) {vgaRed, vgaGreen, vgaBlue} = 12'hfff;
                                  else if(v_cnt < Y+40) {vgaRed, vgaGreen, vgaBlue} = 12'h000;
                                  else if(v_cnt < Y+48) {vgaRed, vgaGreen, vgaBlue} = 12'hfff;
                                  else {vgaRed, vgaGreen, vgaBlue} = 12'h000;
                                end else if(h_cnt < X+64) begin
                                  if(v_cnt < Y+8 || v_cnt >= Y+48) {vgaRed, vgaGreen, vgaBlue} = 12'h000;
                                  else if(v_cnt < Y+48) {vgaRed, vgaGreen, vgaBlue} = 12'hfff;
                                  else {vgaRed, vgaGreen, vgaBlue} = 12'h000;
                                end else if(h_cnt < X+72) begin
                                  {vgaRed, vgaGreen, vgaBlue} = 12'h000;
                                end else if(h_cnt < X+80) begin
                                  if(v_cnt < Y+8 || v_cnt >= Y+32) {vgaRed, vgaGreen, vgaBlue} = 12'h000;
                                  else if(v_cnt < Y+32) {vgaRed, vgaGreen, vgaBlue} = 12'hfff;
                                  else {vgaRed, vgaGreen, vgaBlue} = 12'h000;
                                end else if(h_cnt < X+88) begin
                                  if(v_cnt < Y+24 || v_cnt >= Y+32) {vgaRed, vgaGreen, vgaBlue} = 12'h000;
                                  else if(v_cnt < Y+32) {vgaRed, vgaGreen, vgaBlue} = 12'hfff;
                                  else {vgaRed, vgaGreen, vgaBlue} = 12'h000;
                                end else if(h_cnt < X+96) begin
                                  if(v_cnt < Y+8 || v_cnt >= Y+48) {vgaRed, vgaGreen, vgaBlue} = 12'h000;
                                  else if(v_cnt < Y+48) {vgaRed, vgaGreen, vgaBlue} = 12'hfff;
                                  else {vgaRed, vgaGreen, vgaBlue} = 12'h000;
                                end else if(h_cnt < X+104) begin
                                  {vgaRed, vgaGreen, vgaBlue} = 12'h000;
                                end else if(h_cnt < X+112) begin
                                  if(v_cnt < Y+8 || v_cnt >= Y+48) {vgaRed, vgaGreen, vgaBlue} = 12'h000;
                                  else if(v_cnt < Y+48) {vgaRed, vgaGreen, vgaBlue} = 12'hfff;
                                  else {vgaRed, vgaGreen, vgaBlue} = 12'h000;
                                end else if(h_cnt < X+120) begin
                                  if(v_cnt < Y+8 || v_cnt >= Y+48) {vgaRed, vgaGreen, vgaBlue} = 12'h000;
                                  else if(v_cnt < Y+16) {vgaRed, vgaGreen, vgaBlue} = 12'hfff;
                                  else if(v_cnt < Y+24) {vgaRed, vgaGreen, vgaBlue} = 12'h000;
                                  else if(v_cnt < Y+32) {vgaRed, vgaGreen, vgaBlue} = 12'hfff;
                                  else if(v_cnt < Y+40) {vgaRed, vgaGreen, vgaBlue} = 12'h000;
                                  else if(v_cnt < Y+48) {vgaRed, vgaGreen, vgaBlue} = 12'hfff;
                                  else {vgaRed, vgaGreen, vgaBlue} = 12'h000;
                                end else if(h_cnt < X+128) begin
                                  if(v_cnt < Y+8 || v_cnt >= Y+48) {vgaRed, vgaGreen, vgaBlue} = 12'h000;
                                  else if(v_cnt < Y+48) {vgaRed, vgaGreen, vgaBlue} = 12'hfff;
                                  else {vgaRed, vgaGreen, vgaBlue} = 12'h000;
                                end else {vgaRed, vgaGreen, vgaBlue} = 12'h000;
                              end
           default : {vgaRed, vgaGreen, vgaBlue} = 12'h000;
         endcase
     end else {vgaRed, vgaGreen, vgaBlue} = 12'h000;
   end
   
endmodule